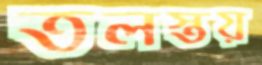
তলস্তয়